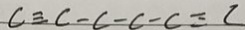
C \equiv c - c - c - c \equiv c